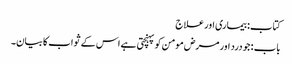
کتاب: بیماری اور علاج
باب : جو درد اور مرض مومن کو پہنچتی ہے اس کے ثواب کا بیان۔